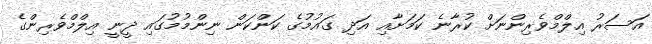
އަސަރު އިލްމްވެރިންނަށް ކުރާނެ ކަމަށާއި އަދި ގައުމުގެ ކަންކަން ނިންމުމުގައި ދީނީ އިލްމްވެރިންގެ